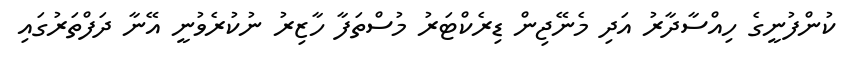
ކުންފުނީގެ ހިއްސާދާރު އަދި މެނޭޖިން ޑިރެކްޓަރު މުސްތަފާ ހާޒިރު ނުކުރެވުނީ އޭނާ ދަފްތަރުގައި